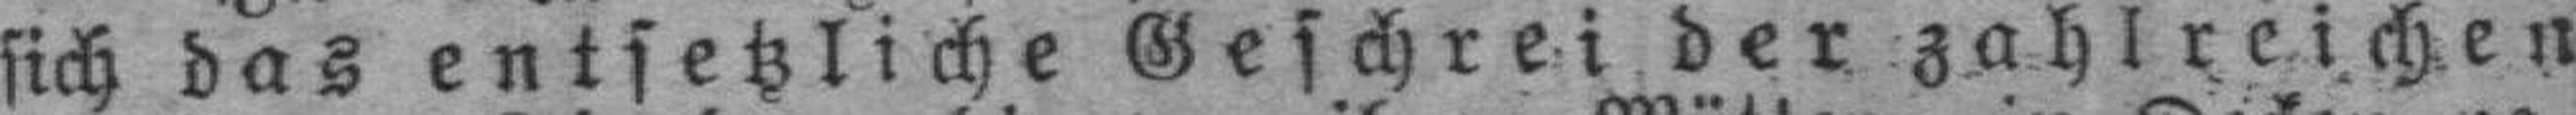
sich das entsetzliche Geschrei der zahlreichen